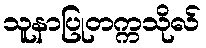
သူနာပြုတက္ကသိုလ်